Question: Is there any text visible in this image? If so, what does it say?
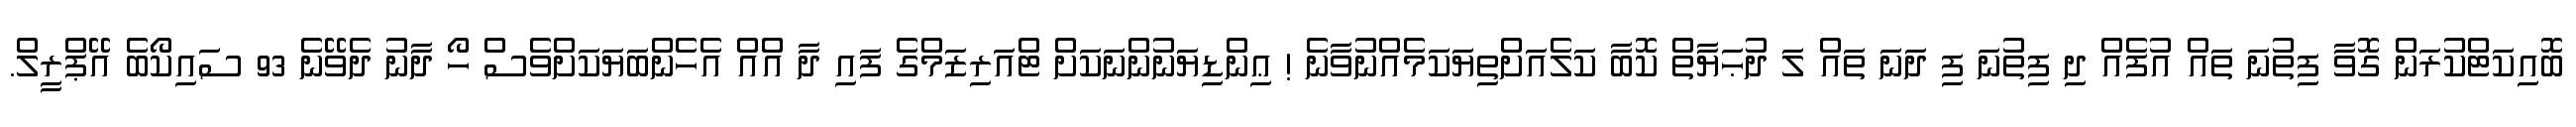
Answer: ބޮއިކަޓްކުރަން ގޮވާ ފިތުނަ ތައް އުފެއް ދި ފިތުނަ ފި ދަނަ ތައް ލަ ދުޙަޔާތް ކޮބާ ކަލެއަށްތިޔަކަމެއްނުވާނެ ! ޢިންޑިޔަނުންނަކަށް ޓްއަރިޒަމްގެ ފައި ދާ އެްއް އެހެންބަޔަކަށްވެސް ހޯ ދާނު ދެވޭނެ 93 ސައިކޯބެ އޭޕްރީލް.